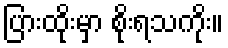
ပြားထိုးမှာ စိုးရသကိုး။